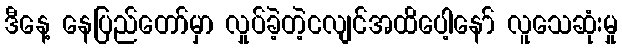
ဒီနေ့ နေပြည်တော်မှာ လှုပ်ခဲ့တဲ့ငလျင်အထိပေါ့နော် လူသေဆုံးမှု